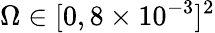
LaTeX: \Omega\in[0,8\times 10^{-3}]^{2}